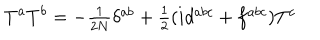
T ^ { a } T ^ { b } = - \textstyle { \frac { 1 } { 2 N } } \delta ^ { a b } + \textstyle { \frac { 1 } { 2 } } ( i d ^ { a b c } + f ^ { a b c } ) T ^ { c }